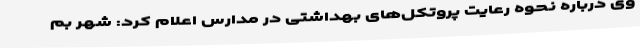
وی درباره نحوه رعایت پروتکل‌های بهداشتی در مدارس اعلام کرد: شهر بم